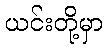
ယင်းတို့မှာ